Enquiry on enteric fever in India - Number 32
Disease focus: Fever
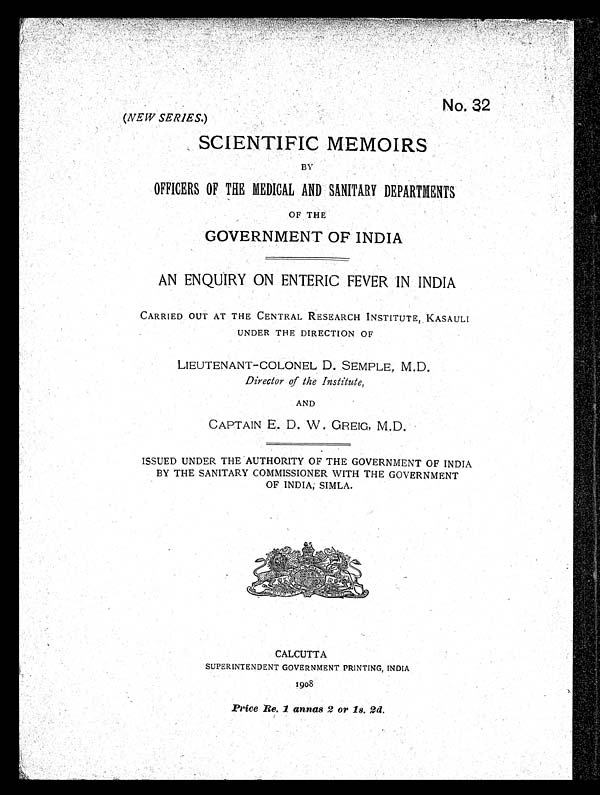
No. 32
(NEW SERIES.)
SCIENTIFIC MEMOIRS
BY
OFFICERS OF THE MEDICAL AND SANITARY DEPARTMENTS
OF THE
GOVERNMENT OF' INDIA
AN. ENQUIRY ON ENTERIC FEVER IN INDIA
CARRIED OUT AT THE CENTRAL RESEARCH INSTITUTE, KASAULI
UNDER THE DIRECTION OF
LIEUTENANT— COLONEL D. SEMPLE, M.D.
Director of Me Institute,
AND
CAPTAIN E. D. W GREIG, M.D.
ISSUED UNDER THE AUTHORITY OF THE GOVERNMENT OF INDIA.
BY THE SANITARY COMMISSIONER WITH THE GOVERNMENT
OF INDIA, SIMLA.
NDENT GOVERNMENT PRINTING, INDIA
1908
Price Re. 1 annas 2 or 18. 2d.